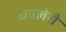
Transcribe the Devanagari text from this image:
धवलेरी